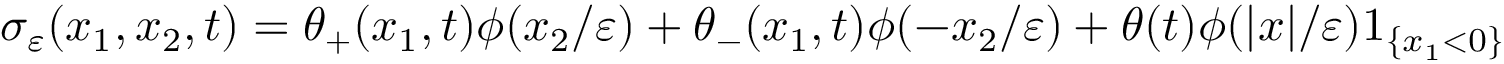
\sigma _ { \varepsilon } ( x _ { 1 } , x _ { 2 } , t ) = \theta _ { + } ( x _ { 1 } , t ) \phi ( x _ { 2 } / \varepsilon ) + \theta _ { - } ( x _ { 1 } , t ) \phi ( - x _ { 2 } / \varepsilon ) + \theta ( t ) \phi ( | x | / \varepsilon ) 1 _ { \{ x _ { 1 } < 0 \} }